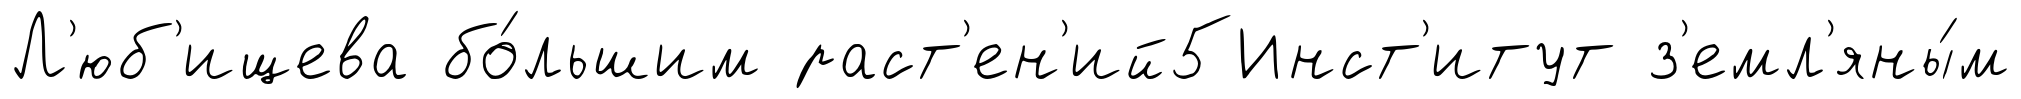
Л'юб'ищева бо́льшим раст'ен'ий5Инст'итут з'емл'яны́м